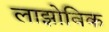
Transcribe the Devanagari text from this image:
लाझोविक